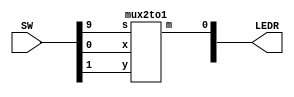
`timescale 1ns / 1ns // `timescale time_unit/time_precision

//SW[2:0] data inputs
//SW[9] select signals

//LEDR[0] output display

module mux(LEDR, SW);
    input [9:0] SW;
    output [9:0] LEDR;

    mux2to1 u0(
        .x(SW[0]),
        .y(SW[1]),
        .s(SW[9]),
        .m(LEDR[0])
        );
endmodule

module mux2to1(x, y, s, m);
    input x; //select 0
    input y; //select 1
    input s; //select signal
    output m; //output
  
    //assign m = s & y | ~s & x;
    // OR
    assign m = s ? y : x;

endmodule